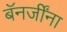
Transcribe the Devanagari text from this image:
बॅनर्जींना